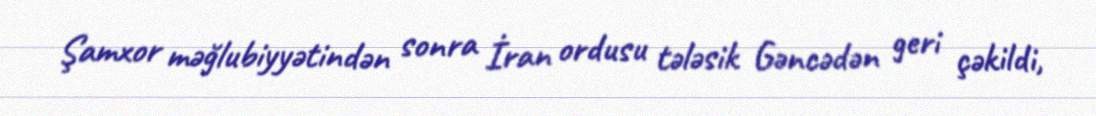
Şamxor məğlubiyyətindən sonra İran ordusu tələsik Gəncədən geri çəkildi,